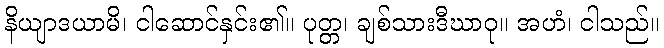
နိယျာဒယာမိ၊ ငါဆောင်နှင်း၏။ ပုတ္တ၊ ချစ်သားဒီဃာဝု။ အဟံ၊ ငါသည်။